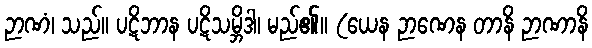
ဉာဏံ၊ သည်။ ပဋိဘာန ပဋိသမ္ဘိဒါ၊ မည်၏။ (ယေန ဉာဏေန တာနိ ဉာဏာနိ